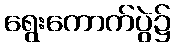
ရွေးကောက်ပွဲ၌